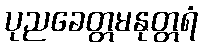
ပုညခေတ္တမနုတ္တရံ